Source: Handwritten
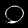
Digit: ၀ (0)